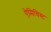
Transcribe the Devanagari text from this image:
ऐमिथिस्ट